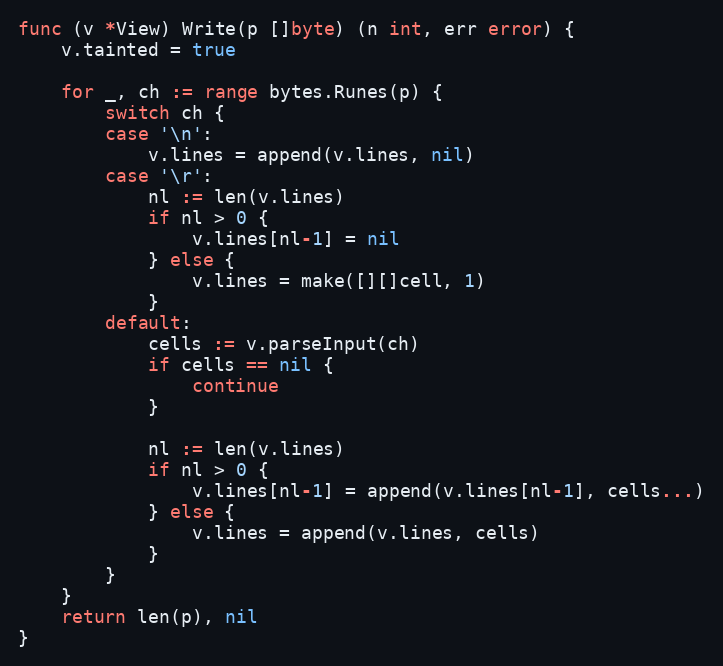
Language: Go
func (v *View) Write(p []byte) (n int, err error) {
	v.tainted = true

	for _, ch := range bytes.Runes(p) {
		switch ch {
		case '\n':
			v.lines = append(v.lines, nil)
		case '\r':
			nl := len(v.lines)
			if nl > 0 {
				v.lines[nl-1] = nil
			} else {
				v.lines = make([][]cell, 1)
			}
		default:
			cells := v.parseInput(ch)
			if cells == nil {
				continue
			}

			nl := len(v.lines)
			if nl > 0 {
				v.lines[nl-1] = append(v.lines[nl-1], cells...)
			} else {
				v.lines = append(v.lines, cells)
			}
		}
	}
	return len(p), nil
}